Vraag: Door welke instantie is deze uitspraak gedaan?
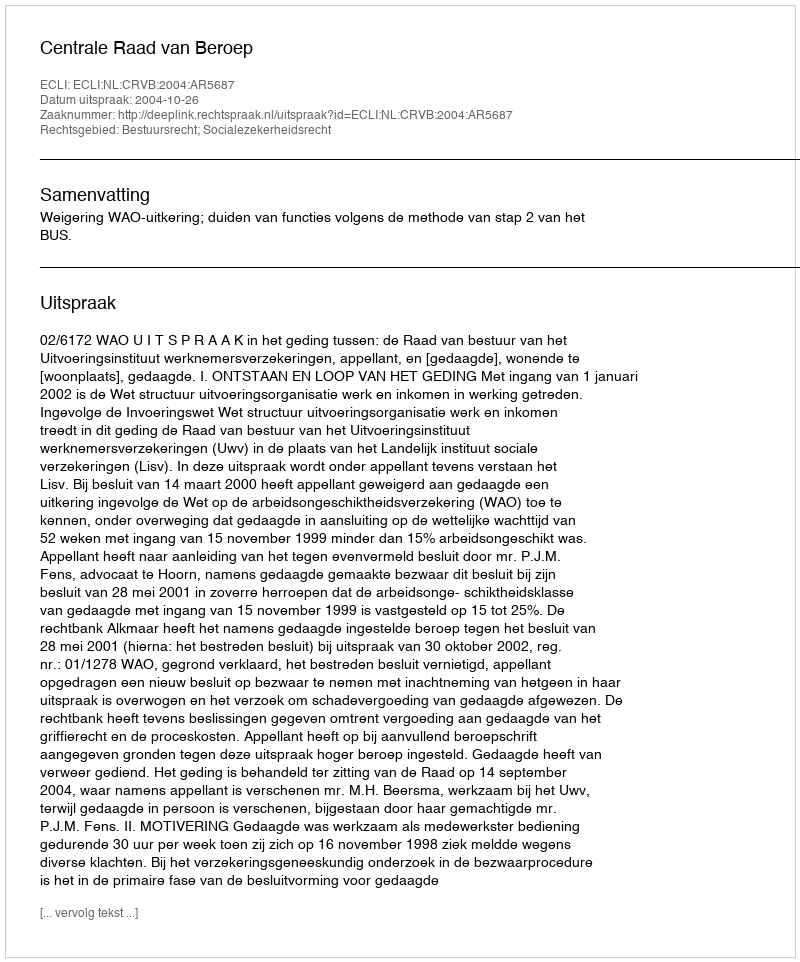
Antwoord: Centrale Raad van Beroep